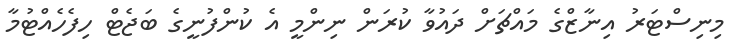
މިނިސްޓަރު އިނާޒްގެ މައްޗަށް ދައުވާ ކުރަން ނިންމީ އެ ކުންފުނީގެ ބަޖެޓް ހިފެހެއްޓުމާ